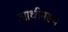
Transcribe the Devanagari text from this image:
आधीनस्थ